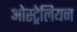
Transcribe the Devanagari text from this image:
ओस्ट्रेलियन